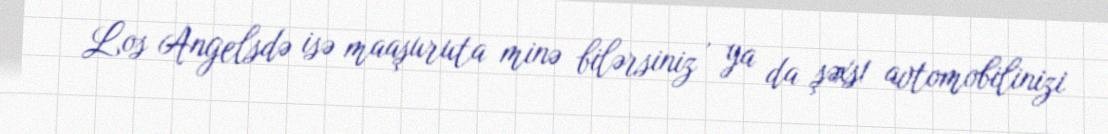
Los Angelsdə isə maaşuruta minə bilərsiniz , ya da şəxs1 avtomobilinizi